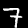
Digit: 7